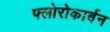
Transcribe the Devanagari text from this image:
फ्लोरोकार्बन